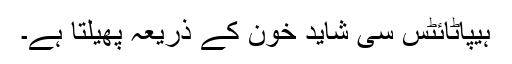
ہیپاٹائٹس سی شاید خون کے ذریعہ پھیلتا ہے۔